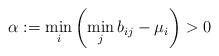
LaTeX: \begin{align*} \alpha:=\min_{i} \left(\min_j b_{ij}- \mu_i\right)>0 \end{align*}